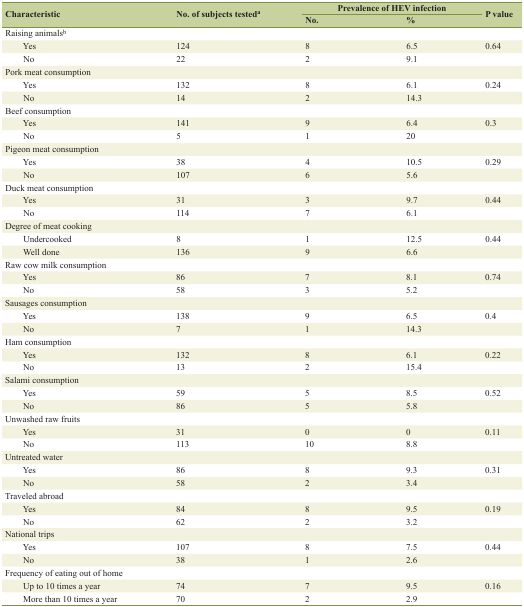
| <ROWSPAN=2> Characteristic | <ROWSPAN=2> No. of subjects testeda | <COLSPAN=2> Prevalence of HEV infection | <ROWSPAN=2> P value |
 | No. | % |
 | --- | --- | --- | --- | --- |
 | Raising animalsb |  |  |  |  |
 | Yes | 124 | 8 | 6.5 | 0.64 |
 | No | 22 | 2 | 9.1 |  |
 | Pork meat consumption |  |  |  |  |
 | Yes | 132 | 8 | 6.1 | 0.24 |
 | No | 14 | 2 | 14.3 |  |
 | Beef consumption |  |  |  |  |
 | Yes | 141 | 9 | 6.4 | 0.3 |
 | No | 5 | 1 | 20 |  |
 | Pigeon meat consumption |  |  |  |  |
 | Yes | 38 | 4 | 10.5 | 0.29 |
 | No | 107 | 6 | 5.6 |  |
 | Duck meat consumption |  |  |  |  |
 | Yes | 31 | 3 | 9.7 | 0.44 |
 | No | 114 | 7 | 6.1 |  |
 | Degree of meat cooking |  |  |  |  |
 | Undercooked | 8 | 1 | 12.5 | 0.44 |
 | Well done | 136 | 9 | 6.6 |  |
 | Raw cow milk consumption |  |  |  |  |
 | Yes | 86 | 7 | 8.1 | 0.74 |
 | No | 58 | 3 | 5.2 |  |
 | Sausages consumption |  |  |  |  |
 | Yes | 138 | 9 | 6.5 | 0.4 |
 | No | 7 | 1 | 14.3 |  |
 | Ham consumption |  |  |  |  |
 | Yes | 132 | 8 | 6.1 | 0.22 |
 | No | 13 | 2 | 15.4 |  |
 | Salami consumption |  |  |  |  |
 | Yes | 59 | 5 | 8.5 | 0.52 |
 | No | 86 | 5 | 5.8 |  |
 | Unwashed raw fruits |  |  |  |  |
 | Yes | 31 | 0 | 0 | 0.11 |
 | No | 113 | 10 | 8.8 |  |
 | Untreated water |  |  |  |  |
 | Yes | 86 | 8 | 9.3 | 0.31 |
 | No | 58 | 2 | 3.4 |  |
 | Traveled abroad |  |  |  |  |
 | Yes | 84 | 8 | 9.5 | 0.19 |
 | No | 62 | 2 | 3.2 |  |
 | National trips |  |  |  |  |
 | Yes | 107 | 8 | 7.5 | 0.44 |
 | No | 38 | 1 | 2.6 |  |
 | Frequency of eating out of home |  |  |  |  |
 | Up to 10 times a year | 74 | 7 | 9.5 | 0.16 |
 | More than 10 times a year | 70 | 2 | 2.9 |  |